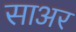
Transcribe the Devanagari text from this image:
साअर